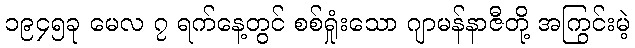
၁၉၄၅ခု မေလ ၇ ရက်နေ့တွင် စစ်ရှုံးသော ဂျာမန်နာဇီတို့ အကြွင်းမဲ့